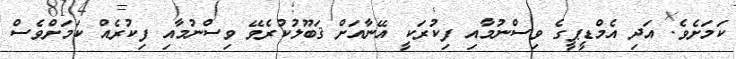
ކަމަށެވެ. އަދި އެމްޑީޕީގެ ވިސްނުމާއި ފިކުރަކީ އޭނާއަށް ޤަބޫލުކުރެވޭ ވިސްނުމާއި ފިކުރެއް ކަމަށްވެސް